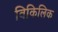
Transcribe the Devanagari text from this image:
विकिलिक